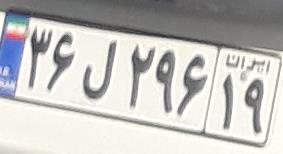
۳۶ل۲۹۶۱۹